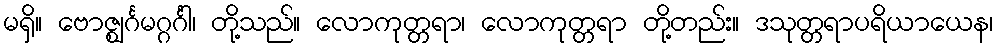
မရှိ။ ဗောဇ္ဈင်္ဂမဂ္ဂင်္ဂါ၊ တို့သည်။ လောကုတ္တရာ၊ လောကုတ္တရာ တို့တည်း။ ဒသုတ္တရာပရိယာယေန၊